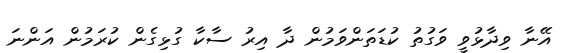
އޭނާ ވިދާޅުވީ ވަގުތު ކުޑަތަންވަމުން ދާ އިރު ސާކާ ގުޅިގެން ކުރަމުން އަންނަ